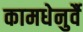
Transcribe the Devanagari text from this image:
कामधेनुर्वै